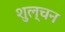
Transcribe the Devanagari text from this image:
शुल्चन